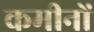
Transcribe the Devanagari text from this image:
कमीनों